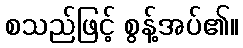
စသည်ဖြင့် စွန့်အပ်၏။